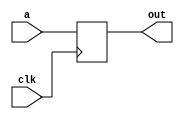
`timescale 1ns / 1ps
//////////////////////////////////////////////////////////////////////////////////
// Company: 
// Engineer: 
// 
// Design Name: 
// Module Name:    ProgramCounter 
// Project Name: 
// Target Devices: 
// Tool versions: 
// Description: 
//
// Dependencies: 
//
// Revision: 
// Revision 0.01 - File Created
// Additional Comments: 
//
//////////////////////////////////////////////////////////////////////////////////
module ProgramCounter(
    input [31:0] a,
	 input clk,
    output [31:0] out
    );
	 reg [31:0] count;
	 
	 initial begin
		count = 0;
	end
	
	always @(posedge clk) begin
		count = a;
	end
	
	assign out = count;
	
endmodule